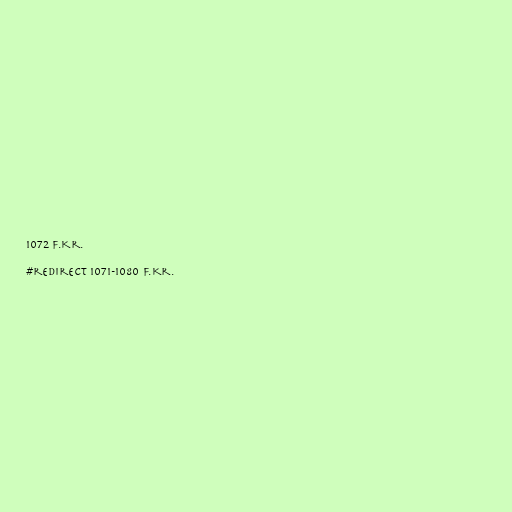
1072 f.Kr.

#redirect 1071-1080 f.Kr.